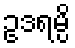
ဥဒရမ္ပိ